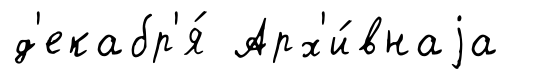
д'екабр'я́ Арх'и́внаjа